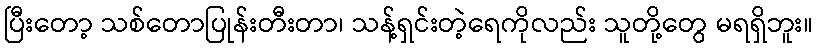
ပြီးတော့ သစ်တောပြုန်းတီးတာ၊ သန့်ရှင်းတဲ့ရေကိုလည်း သူတို့တွေ မရရှိဘူး။